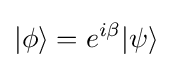
|\phi \rangle =e^{i\beta }|\psi \rangle